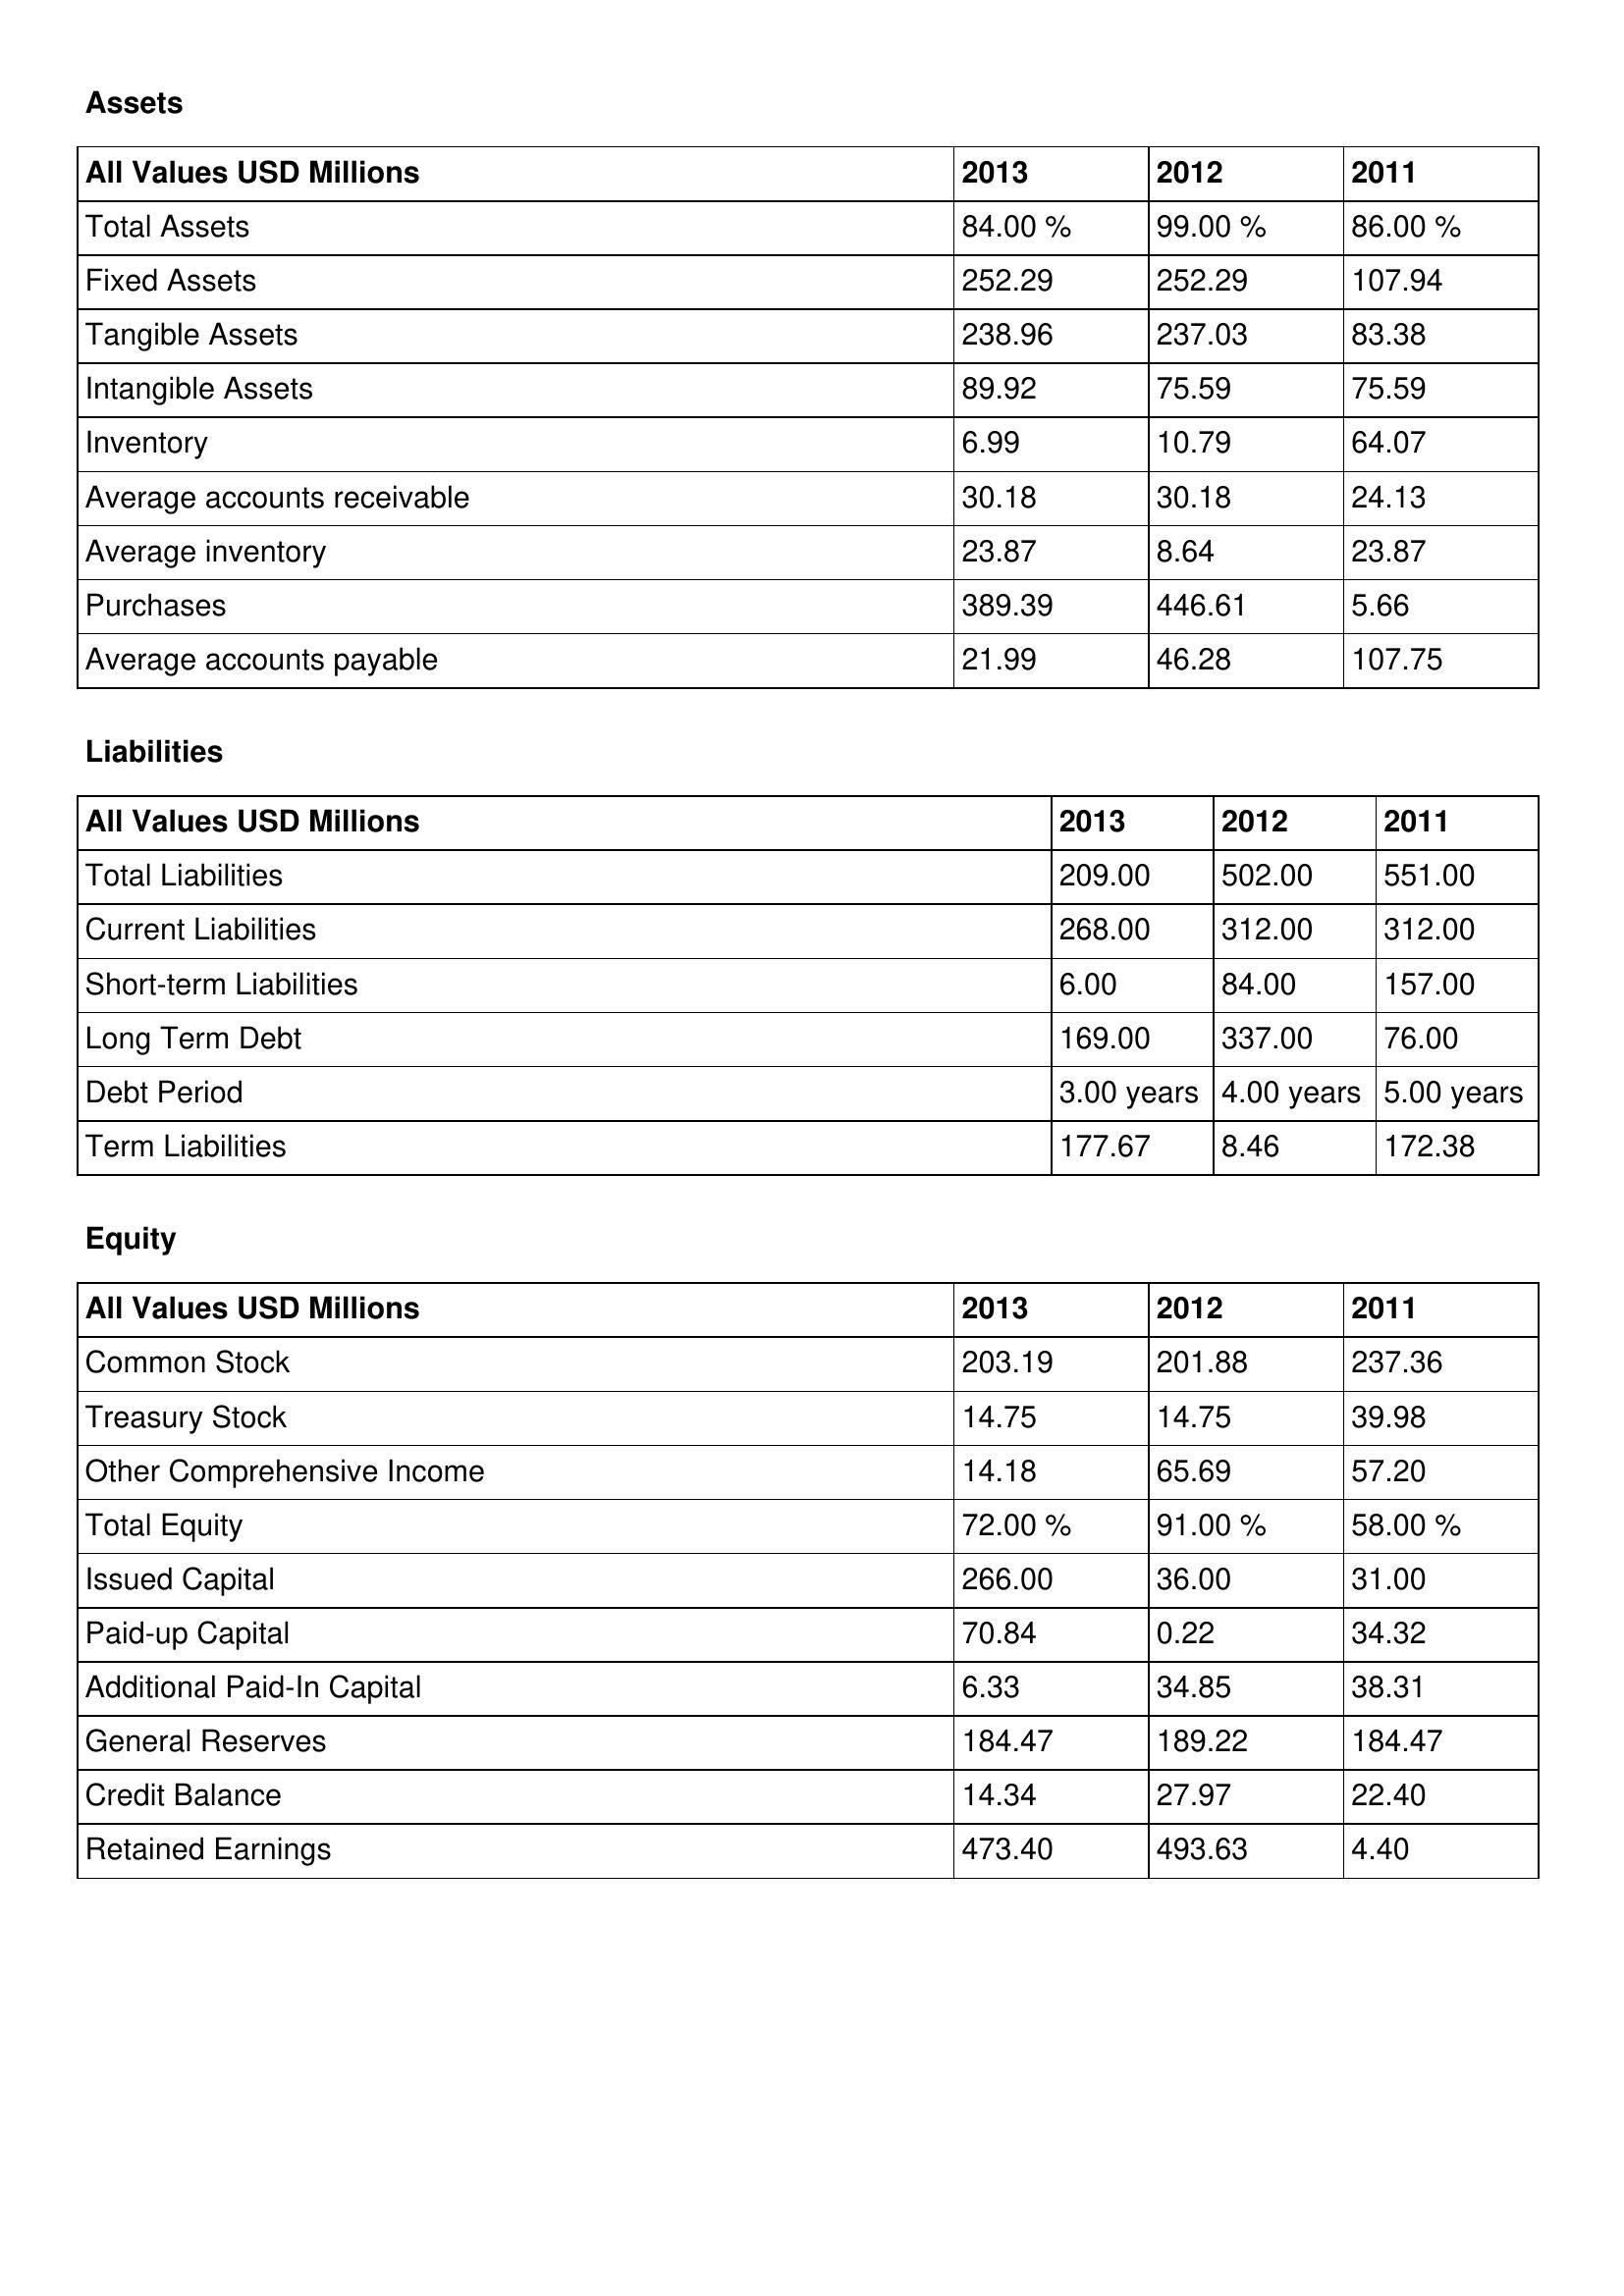
gt_parse: 2013: Assets: Total Assets: 84.00 %
Fixed Assets: 252.29
Tangible Assets: 238.96
Intangible Assets: 89.92
Inventory: 6.99
Average accounts receivable: 30.18
Average inventory: 23.87
Purchases: 389.39
Average accounts payable: 21.99
Liabilities: Total Liabilities: 209.00
Current Liabilities: 268.00
Short-term Liabilities: 6.00
Long Term Debt: 169.00
Debt Period: 3.00 years
Term Liabilities: 177.67
Equity: Common Stock: 203.19
Treasury Stock: 14.75
Other Comprehensive Income: 14.18
Total Equity: 72.00 %
Issued Capital: 266.00
Paid-up Capital: 70.84
Additional Paid-In Capital: 6.33
General Reserves: 184.47
Credit Balance: 14.34
Retained Earnings: 473.40
2012: Assets: Total Assets: 99.00 %
Fixed Assets: 252.29
Tangible Assets: 237.03
Intangible Assets: 75.59
Inventory: 10.79
Average accounts receivable: 30.18
Average inventory: 8.64
Purchases: 446.61
Average accounts payable: 46.28
Liabilities: Total Liabilities: 502.00
Current Liabilities: 312.00
Short-term Liabilities: 84.00
Long Term Debt: 337.00
Debt Period: 4.00 years
Term Liabilities: 8.46
Equity: Common Stock: 201.88
Treasury Stock: 14.75
Other Comprehensive Income: 65.69
Total Equity: 91.00 %
Issued Capital: 36.00
Paid-up Capital: 0.22
Additional Paid-In Capital: 34.85
General Reserves: 189.22
Credit Balance: 27.97
Retained Earnings: 493.63
2011: Assets: Total Assets: 86.00 %
Fixed Assets: 107.94
Tangible Assets: 83.38
Intangible Assets: 75.59
Inventory: 64.07
Average accounts receivable: 24.13
Average inventory: 23.87
Purchases: 5.66
Average accounts payable: 107.75
Liabilities: Total Liabilities: 551.00
Current Liabilities: 312.00
Short-term Liabilities: 157.00
Long Term Debt: 76.00
Debt Period: 5.00 years
Term Liabilities: 172.38
Equity: Common Stock: 237.36
Treasury Stock: 39.98
Other Comprehensive Income: 57.20
Total Equity: 58.00 %
Issued Capital: 31.00
Paid-up Capital: 34.32
Additional Paid-In Capital: 38.31
General Reserves: 184.47
Credit Balance: 22.40
Retained Earnings: 4.40